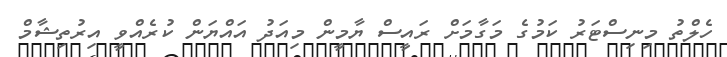
ހެލްތު މިނިސްޓަރު ކަމުގެ މަގާމަށް ރައީސް ޔާމީން މިއަދު އައްޔަން ކުރެއްވީ އިރުތިޝާމް